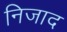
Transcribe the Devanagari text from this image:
निजाद